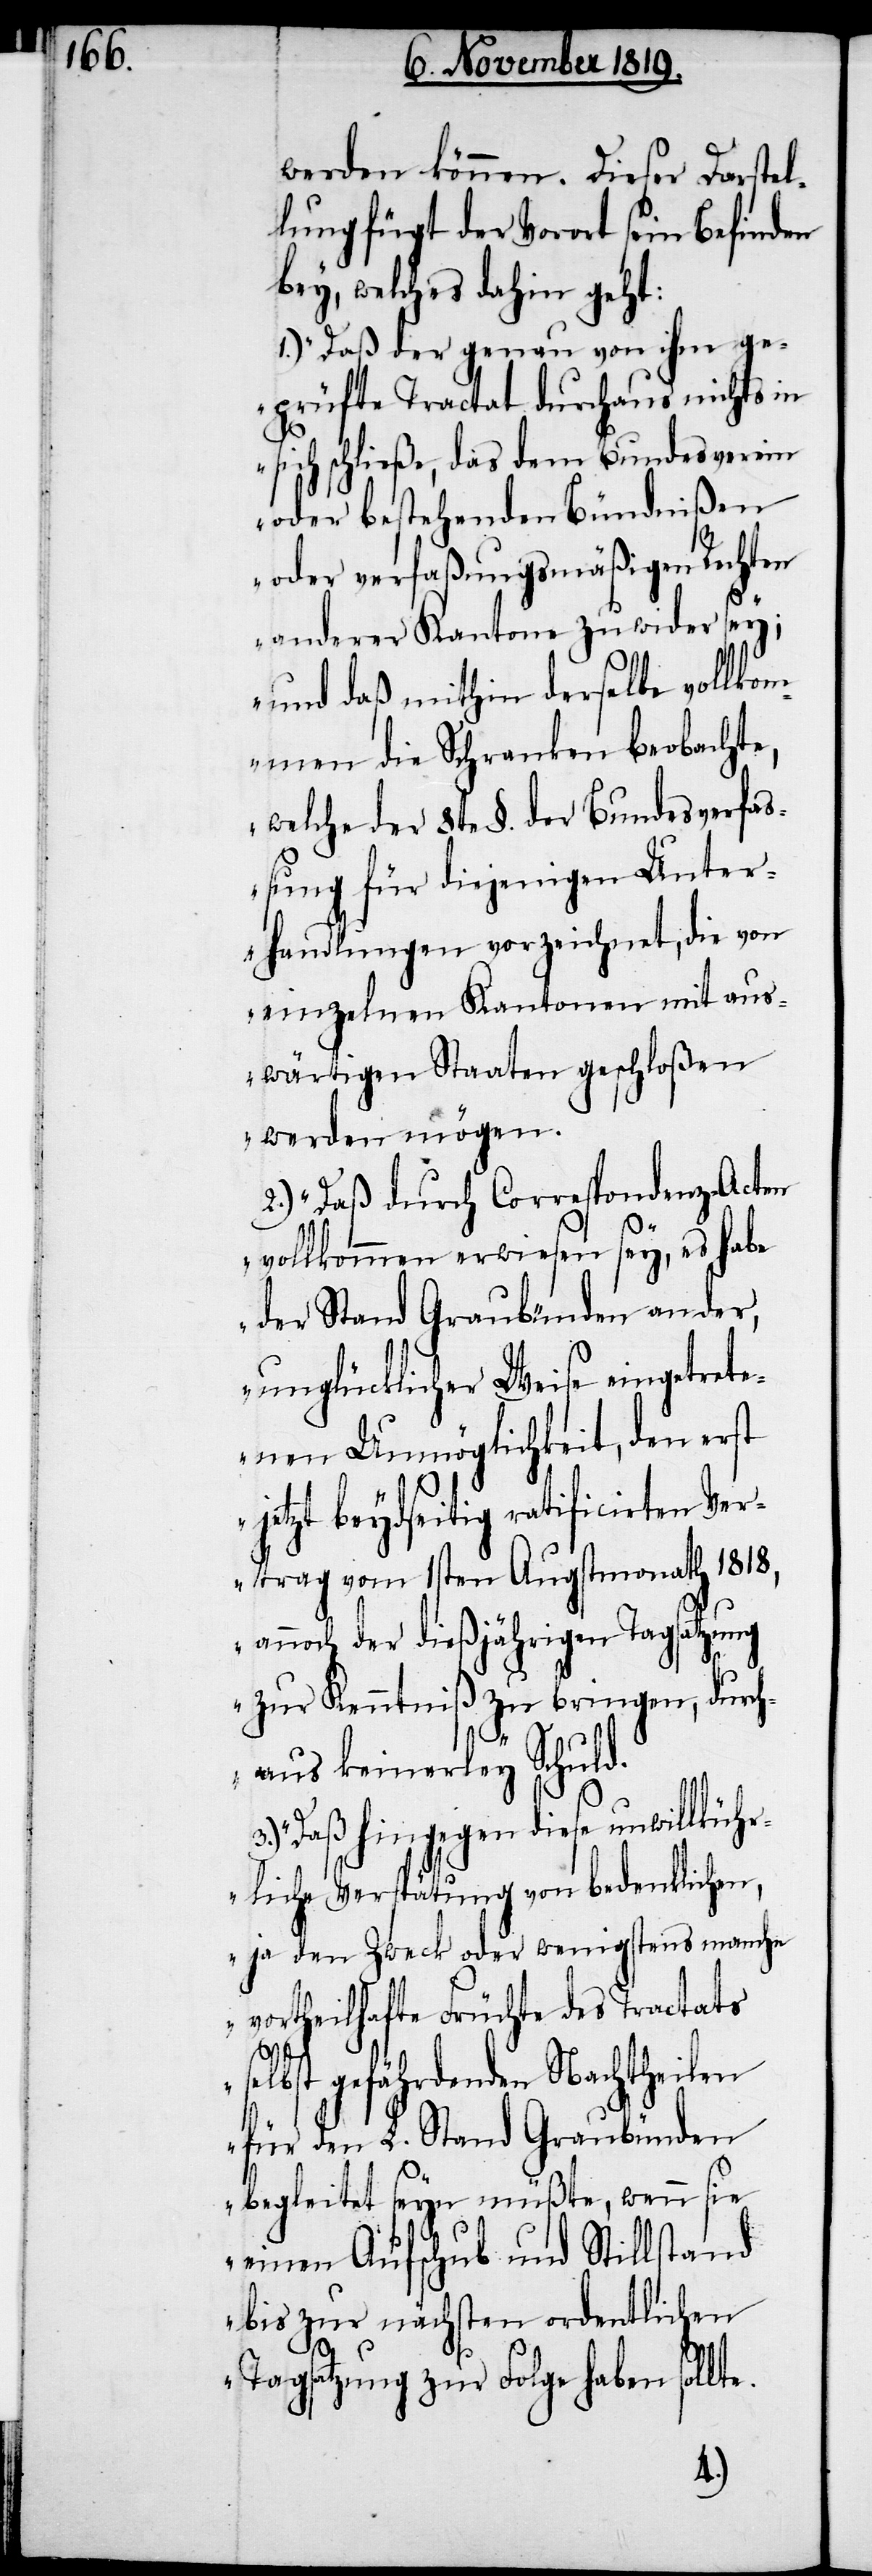
werden können. Dieser Darstel¬
lung fügt der Vorort sein Befinden
bey, welches dahin geht:
1.) „Daß der genau von ihm ge¬
prüfte Tractat durchaus nichts in
sich schließe, das dem Bundesverein
oder bestehenden Bündnißen
oder verfaßungsmäßigen Rechten
anderer Kantone zuwider sey;
und daß mithin derselbe vollkom¬
men die Schranken beobachte,
welche der 8te §. der Bundesverfas¬
sung für diejenigen Unter¬
handlungen vorzeichnet, die von
einzelnen Kantonen mit aus¬
wärtigen Staaten geschloßen
werden mögen.
2.) Daß durch Correspondenz-Acten
vollkommen erwiesen sey, es habe
der Stand Graubünden an der,
unglücklicher Weise eingetrete¬
nen Unmöglichkeit, den erst
jetzt beydseitig ratificirten Ver¬
trag vom 1sten Augstmonath 1818,
annoch der dießjährigen Tagsatzung
zur Kenntniß zu bringen, durch¬
aus keinerley Schuld.
3.) Daß hingegen diese unwillküh¬
rliche Verspätung von bedenklichen,
ja den Zweck oder wenigstens manche
vortheilhafte Früchte des Tractats
selbst gefährdenden Nachtheilen
für den L. Stand Graubünden
begleitet seyn müßte, wenn sie
einen Aufschub und Stillstand
bis zur nächsten ordentlichen
Tagsatzung zur Folge haben soll¬
te.